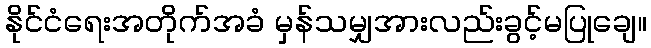
နိုင်ငံရေးအတိုက်အခံ မှန်သမျှအားလည်းခွင့်မပြုချေ။